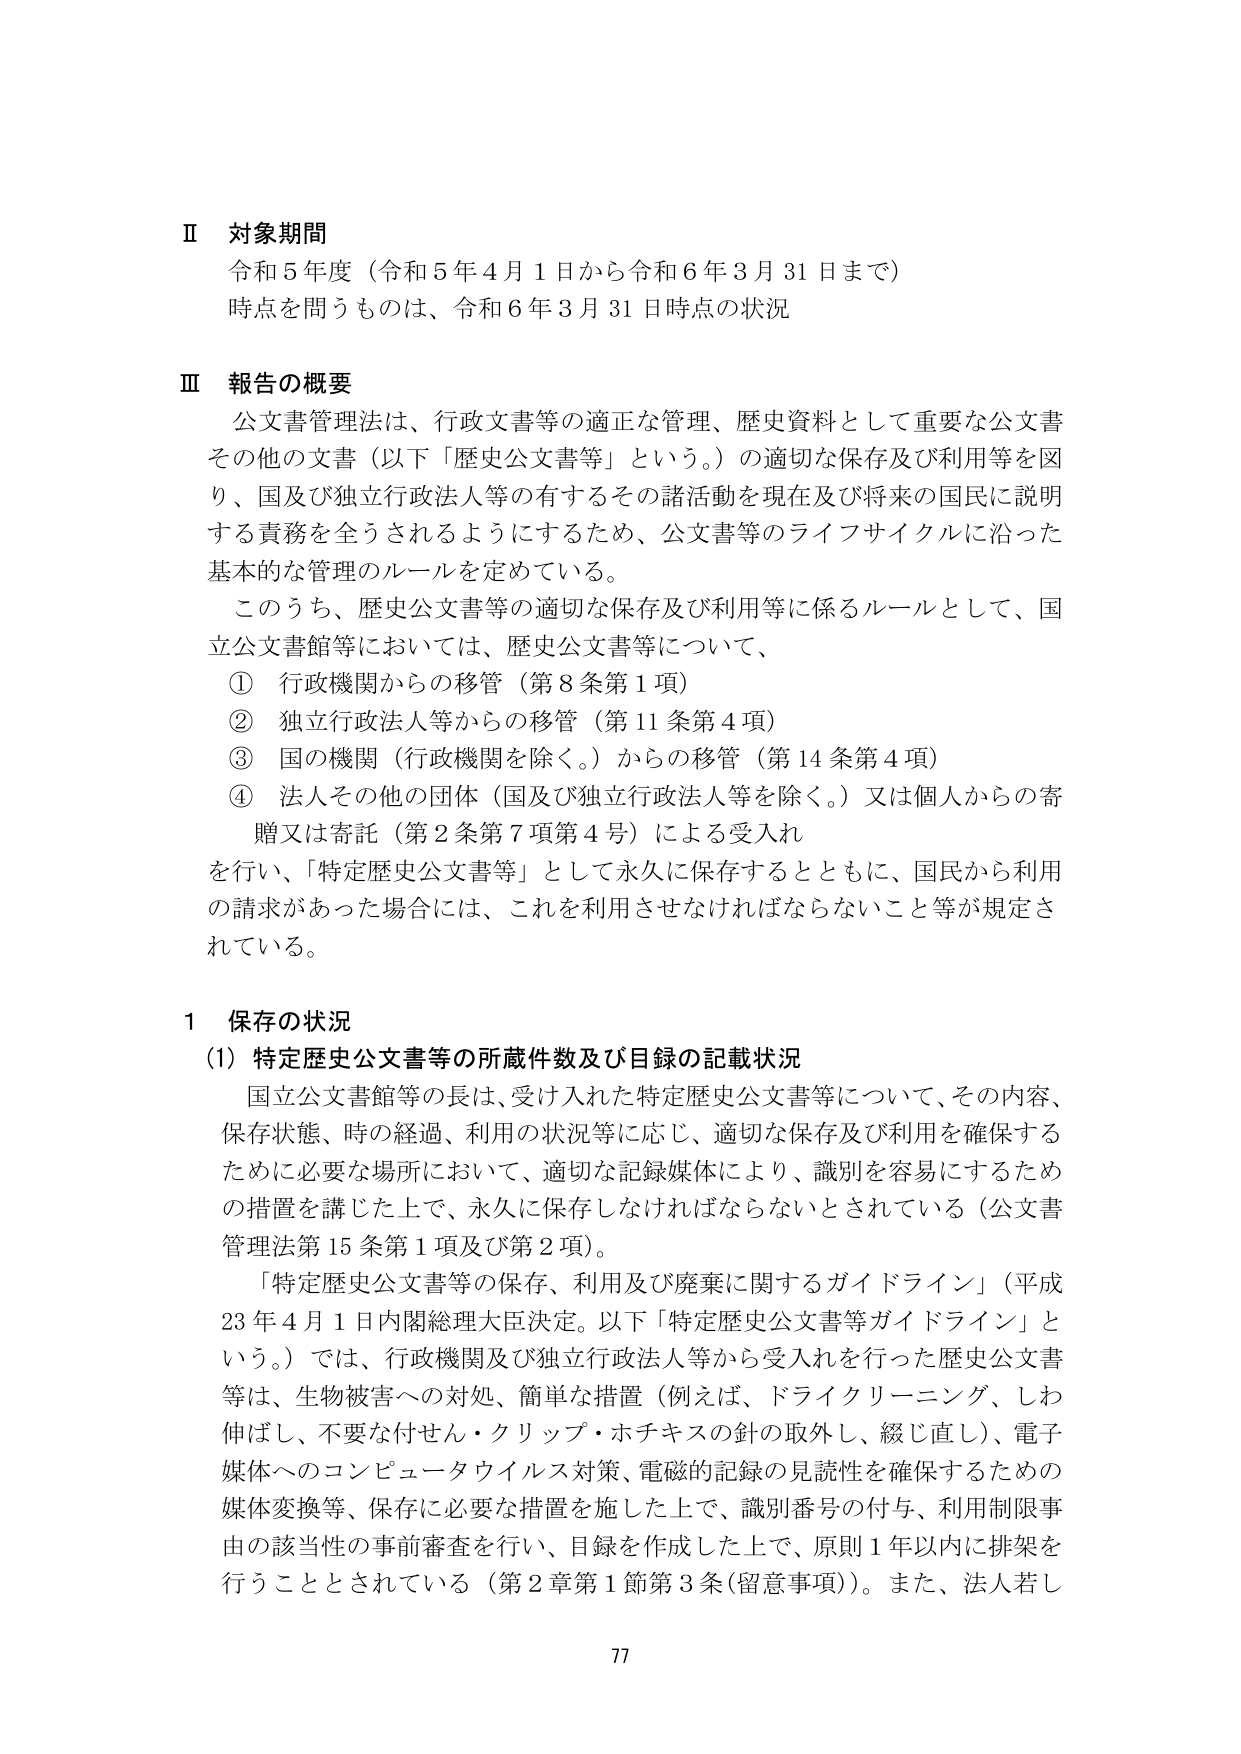
Ⅱ 対象期間
令和５年度（令和５年４月１日から令和６年３月３１日まで）
時点を問うものは、令和６年３月３１日時点の状況

Ⅲ 報告の概要
公文書管理法は、行政文書等の適正な管理、歴史資料として重要な公文書
その他の文書（以下「歴史公文書等」という。）の適切な保存及び利用等を図
り、国及び独立行政法人等の有するその諸活動を現在及び将来の国民に説明
する責務を全うされるようにするため、公文書等のライフサイクルに沿った
基本的な管理のルールを定めている。
このうち、歴史公文書等の適切な保存及び利用等に係るルールとして、国
立公文書館等においては、歴史公文書等について、
① 行政機関からの移管（第８条第１項）
② 独立行政法人等からの移管（第１１条第４項）
③ 国の機関（行政機関を除く。）からの移管（第１４条第４項）
④ 法人その他の団体（国及び独立行政法人等を除く。）又は個人からの寄
　贈又は寄託（第２条第７項第４号）による受入れ
を行い、「特定歴史公文書等」として永久に保存するとともに、国民から利用
の請求があった場合には、これを利用させなければならないこと等が規定さ
れている。

１ 保存の状況
（1）特定歴史公文書等の所蔵件数及び目録の記載状況
国立公文書館等の長は、受け入れた特定歴史公文書等について、その内容、
保存状態、時の経過、利用の状況等に応じ、適切な保存及び利用を確保する
ために必要な場所において、適切な記録媒体により、識別を容易にするため
の措置を講じた上で、永久に保存しなければならないとされている（公文書
管理法第１５条第１項及び第２項）。
「特定歴史公文書等の保存、利用及び廃棄に関するガイドライン」（平成
２３年４月１日内閣総理大臣決定。以下「特定歴史公文書等ガイドライン」と
いう。）では、行政機関及び独立行政法人等から受入れを行った歴史公文書
等は、生物被害への対処、簡単な措置（例えば、ドライクリーニング、しわ
伸ばし、不要な付せん・クリップ・ホチキスの針の取外し、綴じ直し）、電子
媒体へのコンピュータウイルス対策、電磁的記録の見読性を確保するための
媒体変換等、保存に必要な措置を施した上で、識別番号の付与、利用制限事
由の該当性の事前審査を行い、目録を作成した上で、原則１年以内に排架を
行うこととされている（第２章第１節第３条（留意事項））。また、法人若し

77